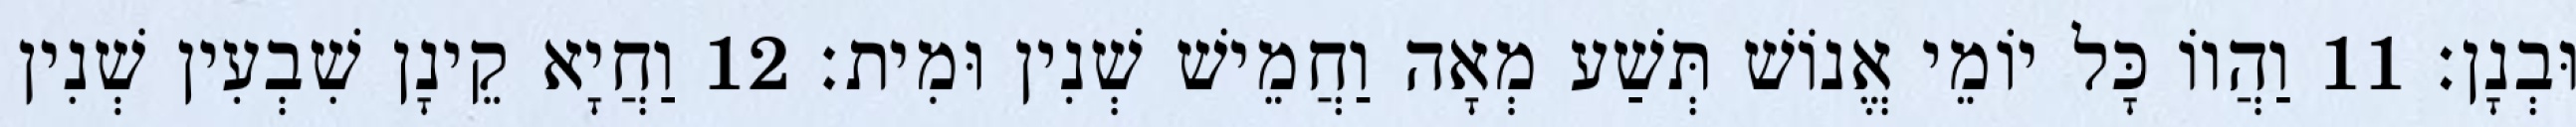
וּבְנָן׃ 11 וַהֲווֹ כָּל יוֹמֵי אֱנוֹשׁ תְּשַׁע מְאָה וַחֲמֵישׁ שְׁנִין וּמִית׃ 12 וַחֲיָא קֵינָן שִׁבְעִין שְׁנִין